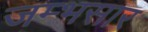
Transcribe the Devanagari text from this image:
जम्भसार